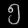
Digit: ၅